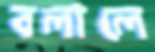
বলালে